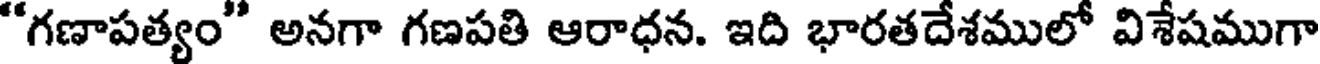
"గణాపత్యం" అనగా గణపతి ఆరాధన. ఇది భారతదేశములో విశేషముగా